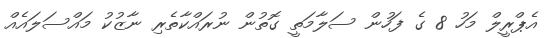
އެޕްރީލް މަހު 8 ގެ ފަހުން ސަލާމަތީ ގޮތުން ނުރައްކާތެރި ނާޒުކު މައްސަލައެއް